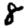
Digit: 8